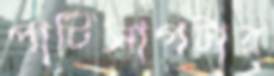
পাটিসাপটার